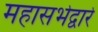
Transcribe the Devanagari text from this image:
महासभेद्वारे